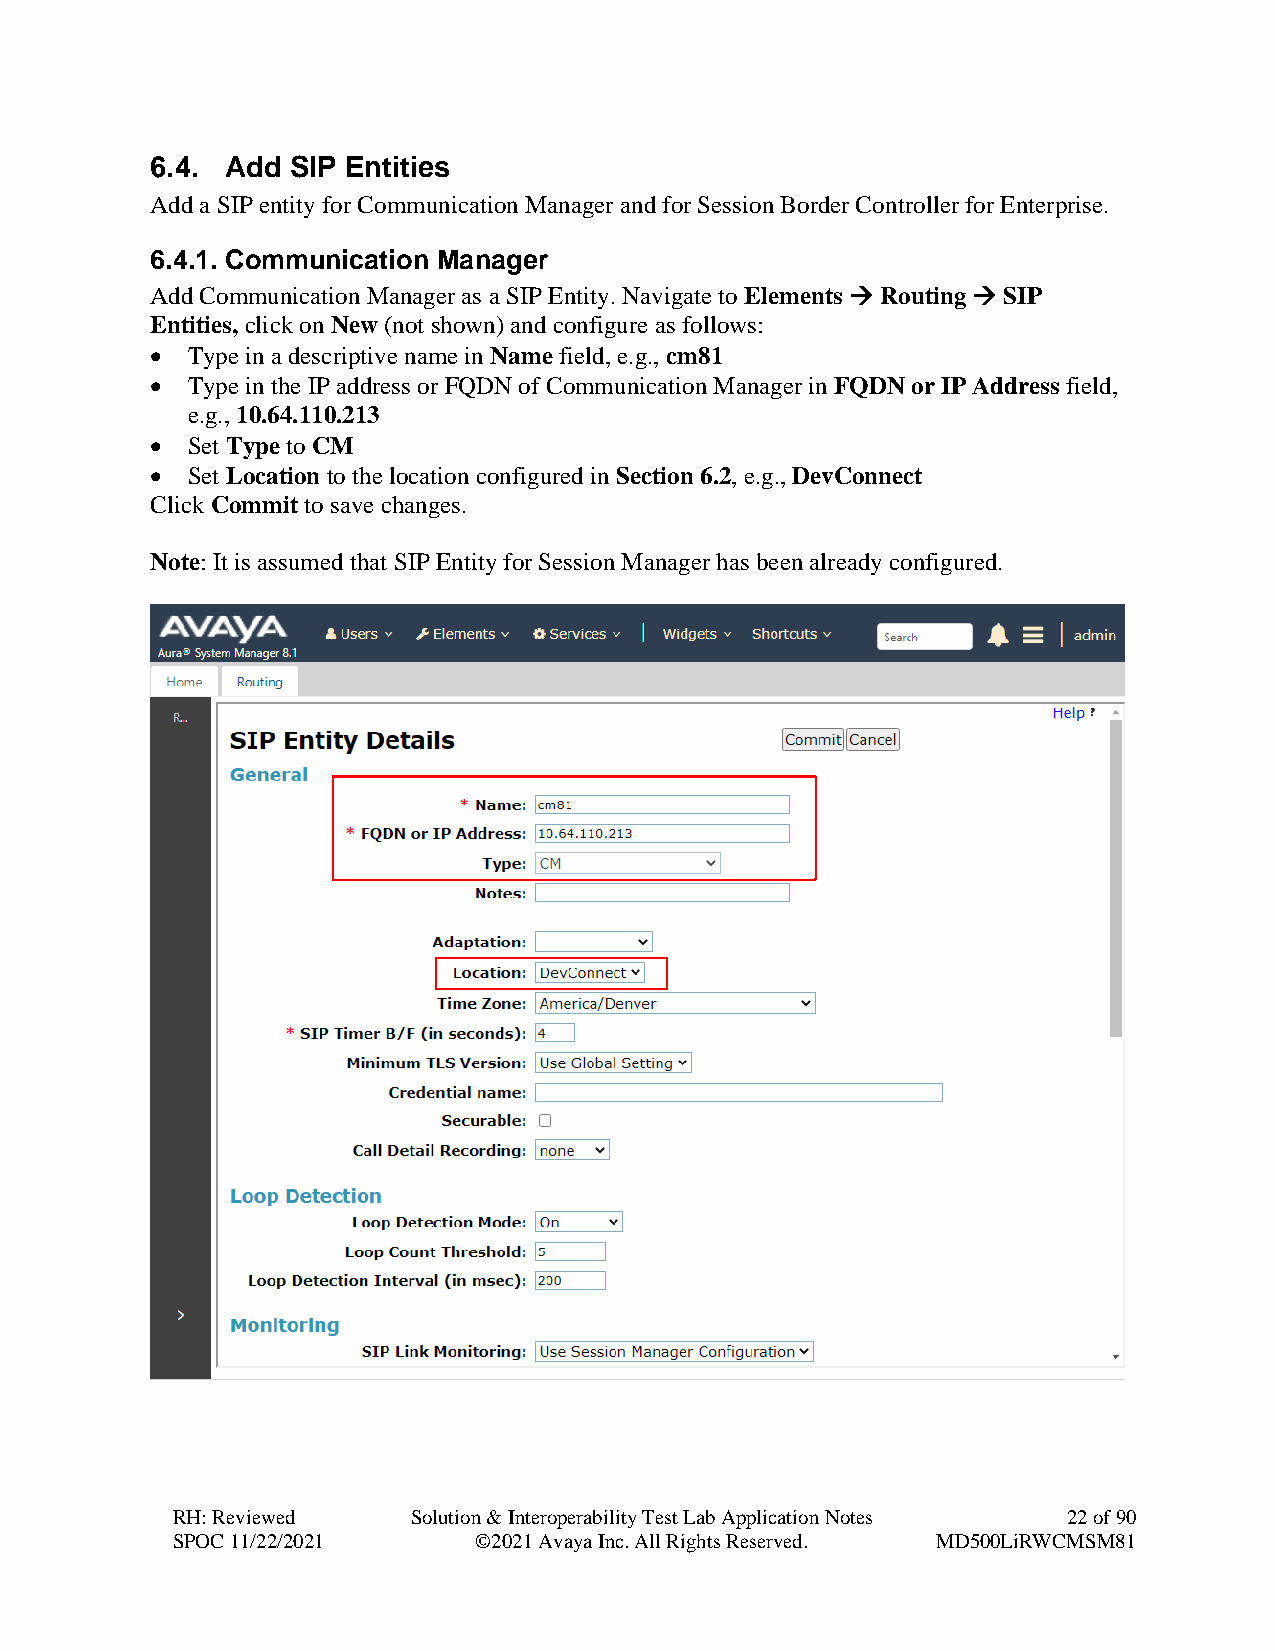
6.4. Add SIP Entities
 Add a SIP entity for Communication Manager and for Session Border Controller for Enterprise.
 6.4.1. Communication Manager
 Add Communication Manager as a SIP Entity. Navigate to Elements → Routing → SIP
 Entities, click on New (not shown) and configure as follows:
 • Type in a descriptive name in Name field, e.g., cm81
 • Type in the IP address or FQDN of Communication Manager in FQDN or IP Address field,
 e.g., 10.64.110.213
 • Set Type to CM
 • Set Location to the location configured in Section 6.2, e.g., DevConnect
 Click Commit to save changes.
 Note: It is assumed that SIP Entity for Session Manager has been already configured.
 RH: Reviewed    Solution & Interoperability Test Lab Application Notes 22 of 90
 SPOC 11/22/2021     ©2021 Avaya Inc. All Rights Reserved. MD500LiRWCMSM81